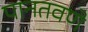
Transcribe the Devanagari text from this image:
पानतवणे